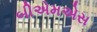
બીએમએસ